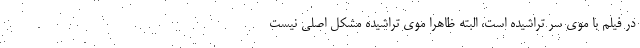
در فیلم با موی سر تراشیده است، البته ظاهرا موی تراشیده مشکل اصلی نیست